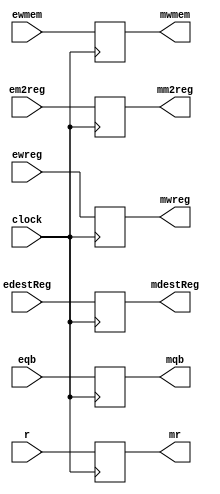
`timescale 1ns / 1ps

module EXEMEMPipelineRegister(
input ewreg,
input em2reg,
input ewmem,
input [4:0] edestReg,
input [31:0] r,
input [31:0] eqb,
input clock,

output reg mwreg,
output reg mm2reg,
output reg mwmem,
output reg [4:0] mdestReg,
output reg [31:0] mr,
output reg [31:0] mqb);

always @(posedge clock) begin
        mwreg <= ewreg;
        mm2reg <= em2reg;
        mwmem <= ewmem;
        mdestReg <= edestReg;
        mr <= r;
        mqb <= eqb;
    end
endmodule